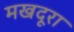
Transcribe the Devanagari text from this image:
मखदूरा